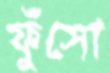
ফুঁসো